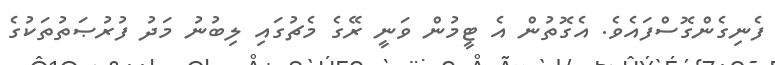
ފެނިގެންގޮސްފައެވެ. އެގޮތުން އެ ޓީމުން ވަނީ ރޭގެ މެޗުގައި ލިބުނު މަދު ފުރުޞަތުތަކުގެ